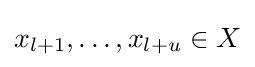
x_{l+1},\dots ,x_{l+u}\in X